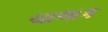
ચાલાક